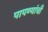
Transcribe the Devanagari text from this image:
पापण्यांची